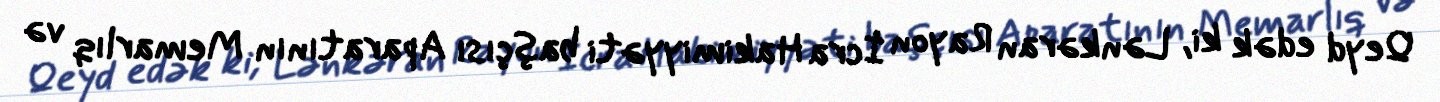
Qeyd edək ki, Lənkəran Rayon İcra Hakimiyyəti başçısı Aparatının Memarlıq və